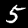
Digit: 5